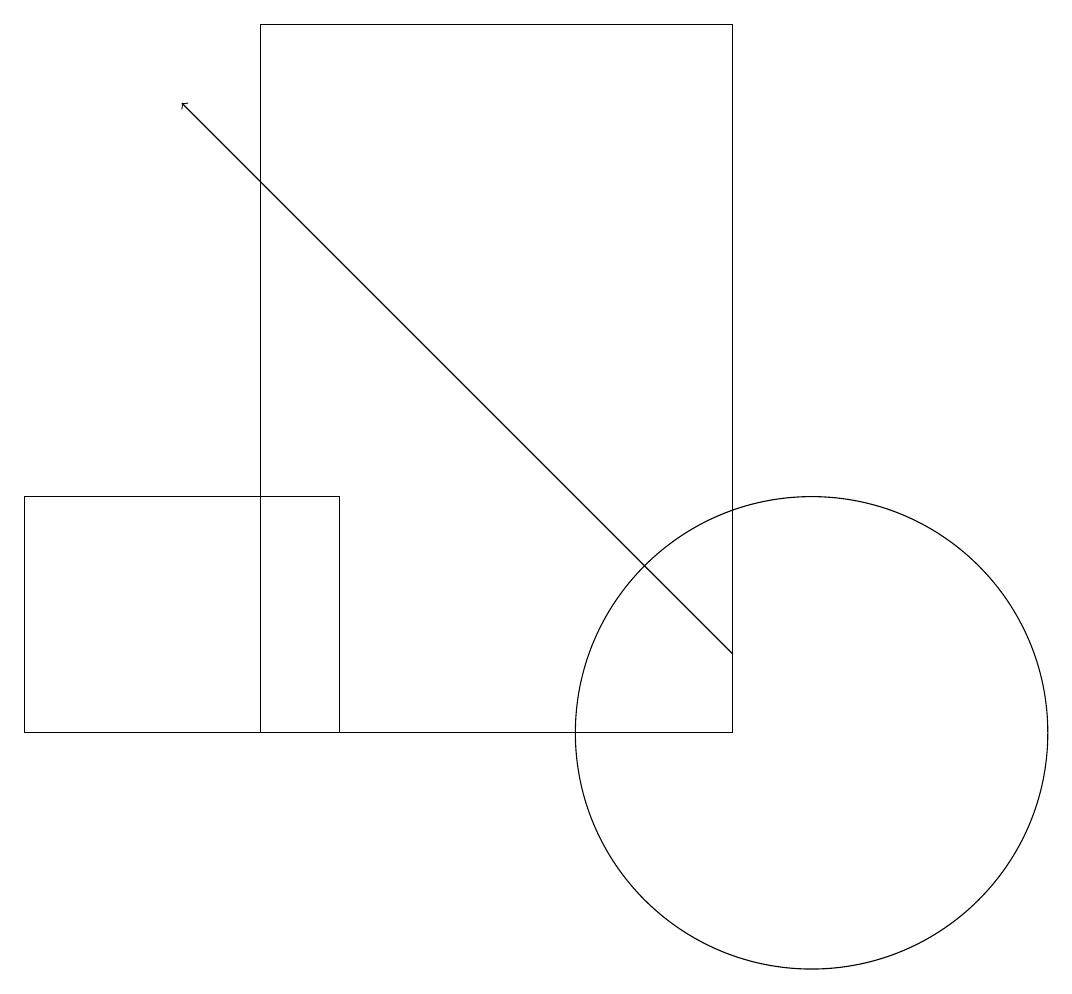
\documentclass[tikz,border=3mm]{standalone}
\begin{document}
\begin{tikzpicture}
\draw (3,10) rectangle (9,19);
\draw[->] (9,11) -- (2,18);
\draw (0,13) rectangle (4,10);
\draw (10,10) circle (3);
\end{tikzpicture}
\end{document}